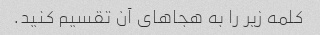
کلمه زیر را به هجاهای آن تقسیم کنید.